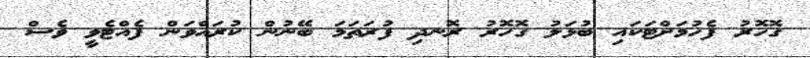
ގޮހޮރު ފެހުމަށްޓަކައި ބުޅަލު ގޮހޮރު ރޮނދި ފުރަތަމަ ބޭނުން ކުރައްވަން ފެއްޓެވީ ވެސް